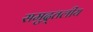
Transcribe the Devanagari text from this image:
समुद्र्तलीय